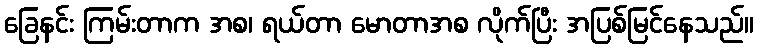
ခြေနင်း ကြမ်းတာက အစ၊ ရယ်တာ မောတာအစ လိုက်ပြီး အပြစ်မြင်နေသည်။